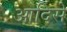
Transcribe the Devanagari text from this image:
आदिसे